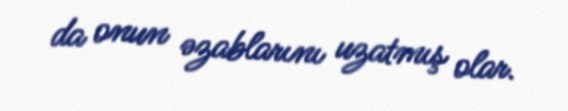
da onun əzablarını uzatmış olar.